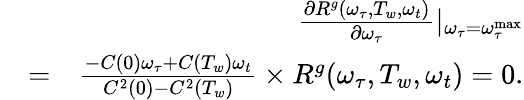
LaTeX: \begin{array}{rlr}&{}&{\frac{\partial R^{g}(\omega_{\tau},T_{w},\omega_{t})}{\partial\omega_{\tau}}|_{\omega_{\tau}=\omega_{\tau}^{\textrm{max}}}}\\ &{=}&{\frac{-C(0)\omega_{\tau}+C(T_{w})\omega_{t}}{C^{2}(0)-C^{2}(T_{w})}\times R^{g}(\omega_{\tau},T_{w},\omega_{t})=0.}\end{array}